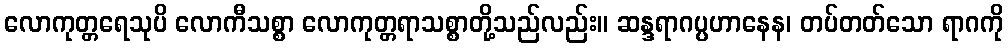
လောကုတ္တရေသုပိ လောကီသစ္စာ လောကုတ္တရာသစ္စာတို့သည်လည်း။ ဆန္ဒရာဂပ္ပဟာနေန၊ တပ်တတ်သော ရာဂကို